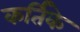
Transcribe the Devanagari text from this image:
कर्तिके